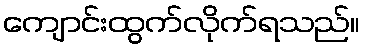
ကျောင်းထွက်လိုက်ရသည်။